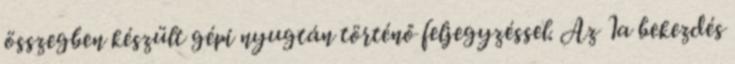
összegben készült gépi nyugtán történő feljegyzéssel. Az 1a bekezdés